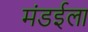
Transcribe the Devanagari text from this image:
मंडईला